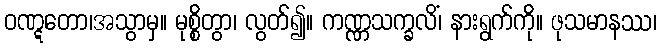
ဝဏ္ဋတော၊အသွာမှ။ မုစ္စိတွာ၊ လွတ်၍။ ကဏ္ဏသက္ခလိံ၊ နားရွက်ကို။ ဖုသမာနဿ၊